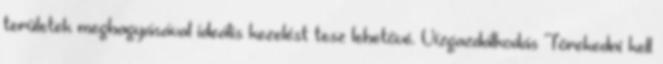
területek meghagyásával ideális kezelést tesz lehetővé. Vízgazdálkodás Törekedni kell